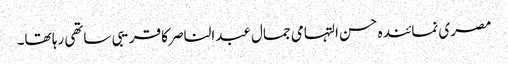
مصری نمائندہ حسن التہامی جمال عبدالناصر کا قریبی ساتھی رہا تھا۔